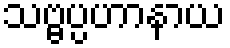
သဗ္ဗပ္ပဟာနာယ